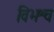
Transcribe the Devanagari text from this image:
विभश्च